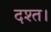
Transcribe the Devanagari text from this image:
दश्त।